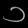
Digit: ၁